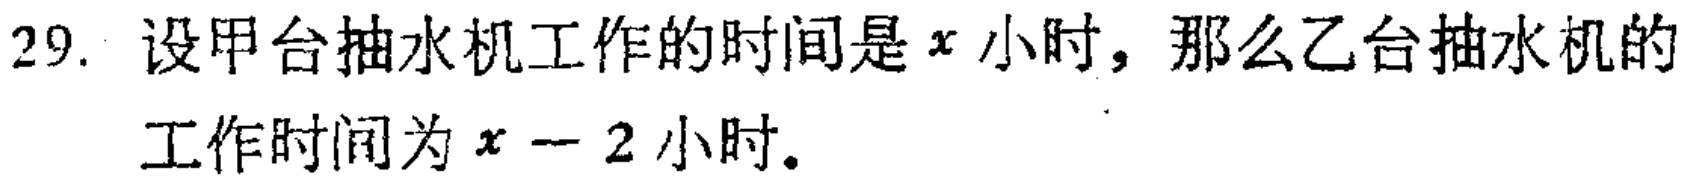
29. 设甲台抽水机工作的时间是\(x\)小时，那么乙台抽水机的工作时间为\(x - 2\)小时。